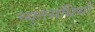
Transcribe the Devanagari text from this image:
च्युतसंधियों